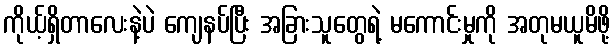
ကိုယ့်ရှိတာလေးနဲ့ပဲ ကျေနပ်ပြီး အခြားသူတွေရဲ့ မကောင်းမှုကို အတုမယူမိဖို့